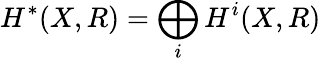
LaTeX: H^{*}(X,R)=\bigoplus_{i}H^{i}(X,R)